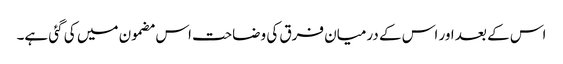
اس کے بعد اور اس کے درمیان فرق کی وضاحت اس مضمون میں کی گئی ہے۔